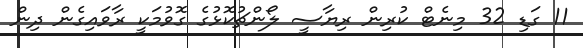
11 ގަޑި 32 މިނެޓް ކުރިން ރިޔާސީ ލޯންޗުކޮޅުގެ ގޮވުމަކީ ރާވައިގެން ދިން